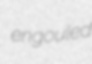
engouled